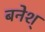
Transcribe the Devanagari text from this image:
बनेश्